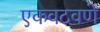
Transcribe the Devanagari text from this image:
एकवटवणे